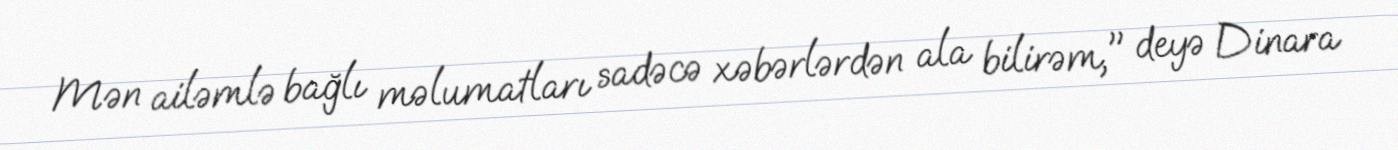
Mən ailəmlə bağlı məlumatları sadəcə xəbərlərdən ala bilirəm," deyə Dinara